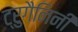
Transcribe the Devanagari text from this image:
ट्रुगैनिनी